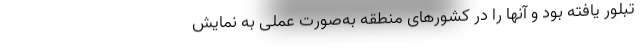
تبلور یافته بود و آنها را در کشورهای منطقه به‌صورت عملی به نمایش